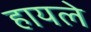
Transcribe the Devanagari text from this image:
हायले